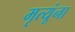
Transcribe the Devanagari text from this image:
मृत्यूंना